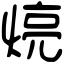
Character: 煷